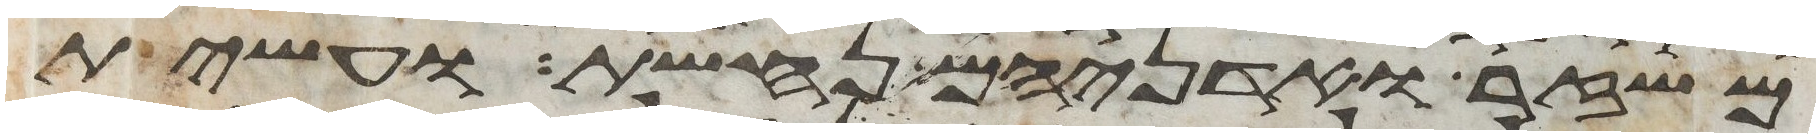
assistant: משזר ואדניהם נחשת ועשית